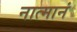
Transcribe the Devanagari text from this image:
नात्मानं